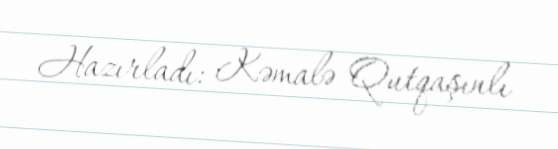
Hazırladı: Kəmalə Qutqaşınlı